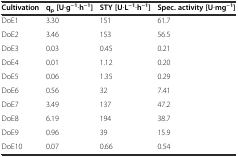
| Cultivation | qp[U∙g−1∙h−1] | STY [U∙L−1∙h−1] | Spec. activity [U∙mg−1] |
 | --- | --- | --- | --- |
 | DoE1 | 3.30 | 151 | 61.7 |
 | DoE2 | 3.46 | 153 | 56.5 |
 | DoE3 | 0.03 | 0.45 | 0.21 |
 | DoE4 | 0.01 | 1.12 | 0.20 |
 | DoE5 | 0.06 | 1.35 | 0.29 |
 | DoE6 | 0.56 | 32 | 7.41 |
 | DoE7 | 3.49 | 137 | 47.2 |
 | DoE8 | 6.19 | 194 | 38.7 |
 | DoE9 | 0.96 | 39 | 15.9 |
 | DoE10 | 0.07 | 0.66 | 0.54 |